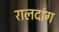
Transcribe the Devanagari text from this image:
रालदांग